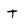
Character: t